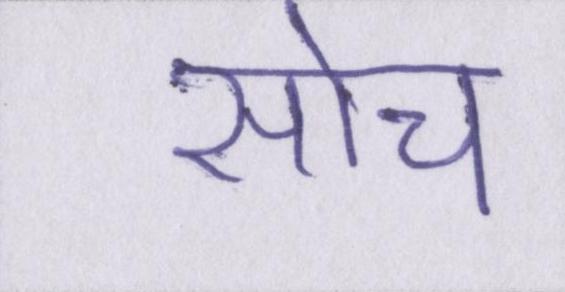
सोच